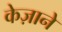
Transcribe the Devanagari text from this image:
केज़ाने